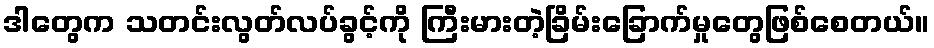
ဒါတွေက သတင်းလွတ်လပ်ခွင့်ကို ကြီးမားတဲ့ခြိမ်းခြောက်မှုတွေဖြစ်စေတယ်။